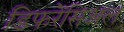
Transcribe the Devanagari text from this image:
डिफरेंसिअल